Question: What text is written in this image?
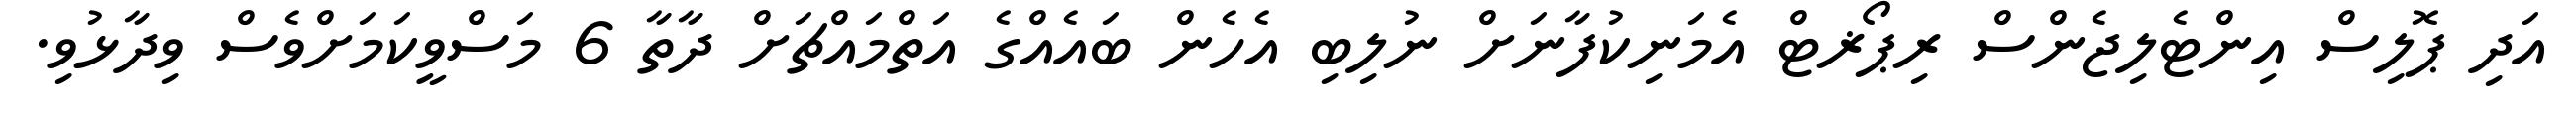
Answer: އަދި ޕޮލިސް އިންޓެލިޖެންސް ރިޕޯޜޓް އެމަނިކުފާނަށް ނުލިބި އެހެން ބައެއްގެ އަތްމައްޗަށް ދާތާ 6 މަސްވީކަމަށްވެސް ވިދާޅުވި.